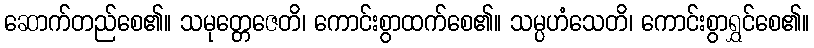
ဆောက်တည်စေ၏။ သမုတ္တေဇေတိ၊ ကောင်းစွာထက်စေ၏။ သမ္ပဟံသေတိ၊ ကောင်းစွာရွှင်စေ၏။